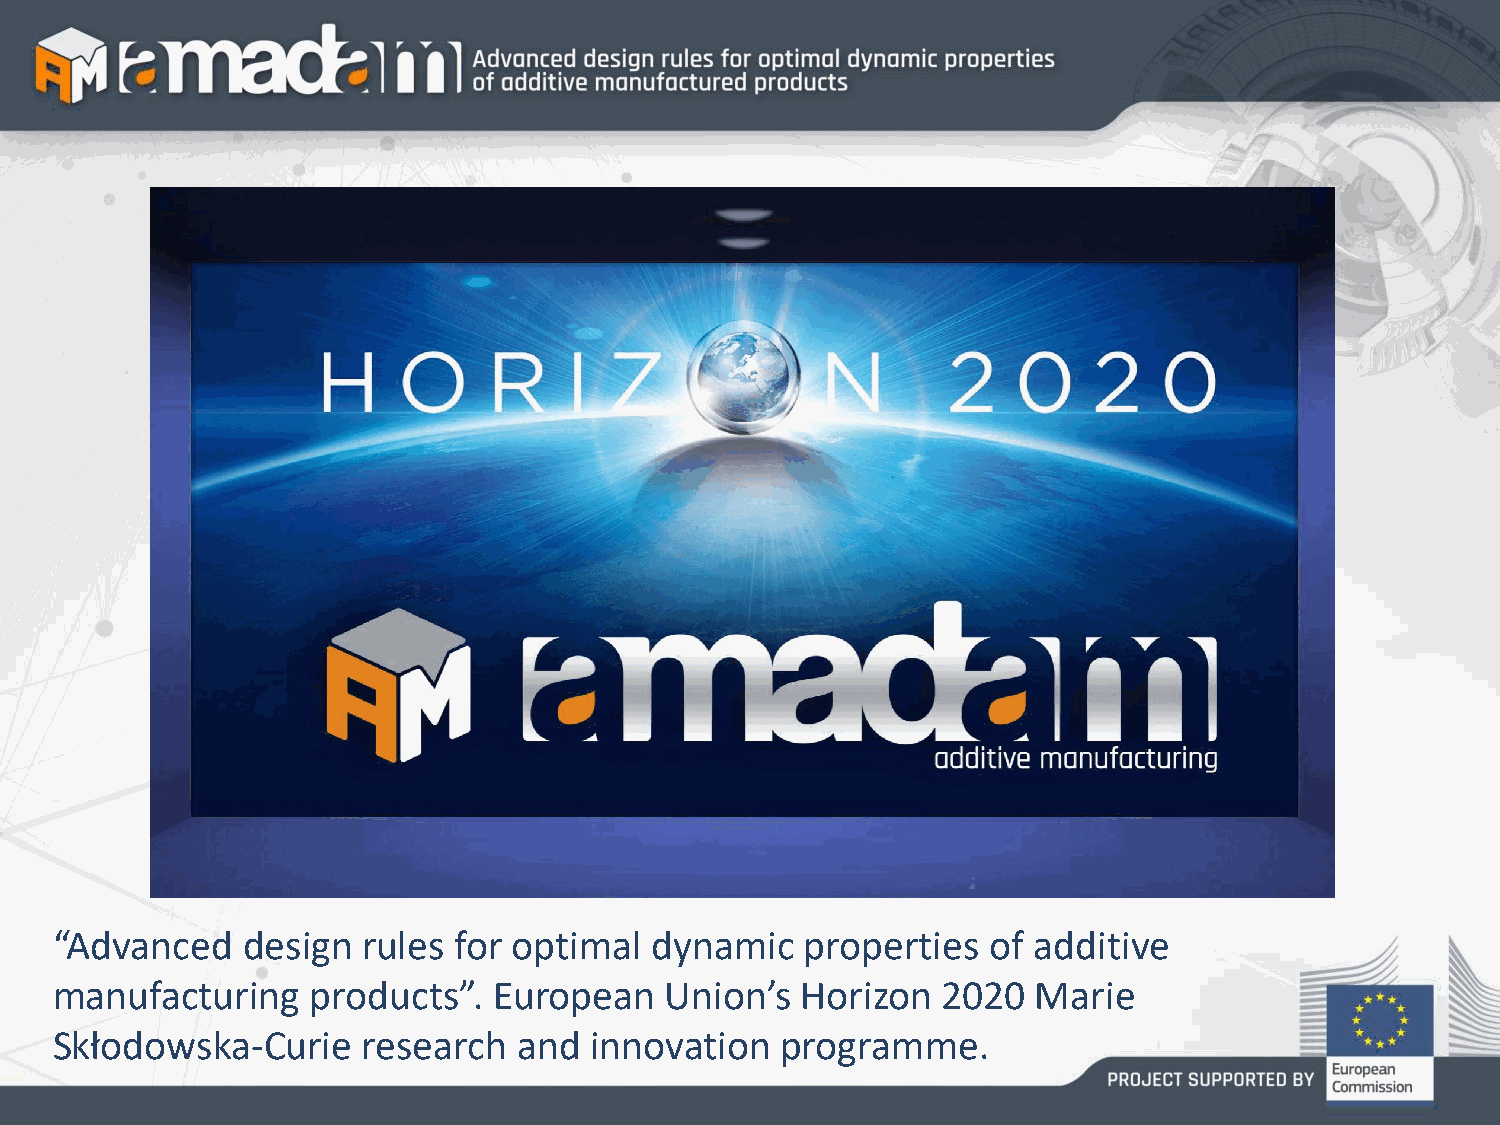
“Advanced    design  rules for optimal  dynamic   properties   of additive
 manufacturing     products”.  European   Union’s  Horizon  2020   Marie
 Skłodowska-Curie     research  and  innovation   programme.